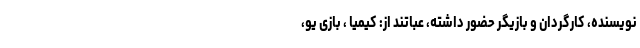
نویسنده، کارگردان و بازیگر حضور داشته، عباتند از: کیمیا ، بازی یو،